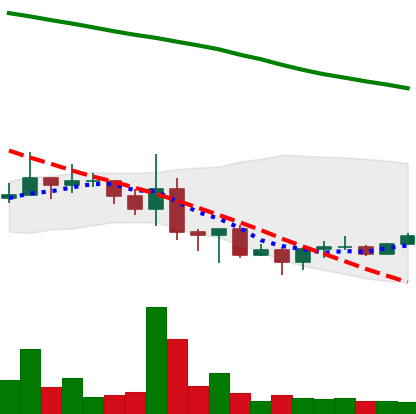
Ticker: NEO-USD
Chart end date: 2022-06-24
Forward return: -11.09%
Label: down_7plus